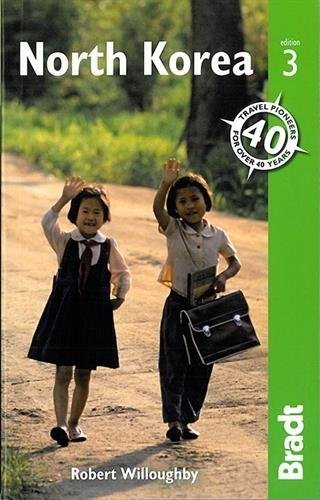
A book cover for North Korea (Bradt Travel Guide) by Willoughby, Robert (2014) Paperback; Robert Willoughby; Travel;